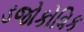
ડજોકોવિક